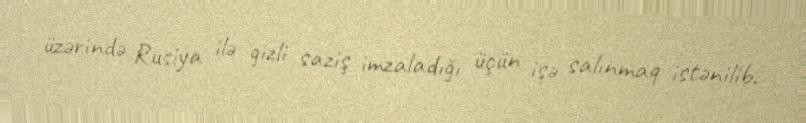
üzərində Rusiya ilə gizli saziş imzaladığı üçün işə salınmaq istənilib.